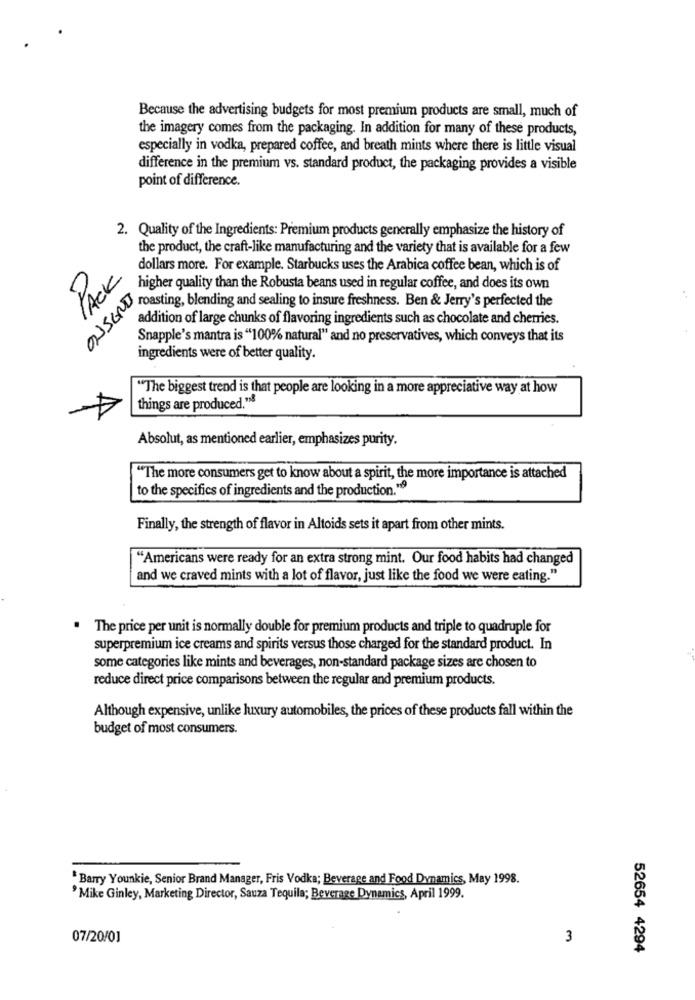
Because the advertising budgets for most premium products are small, much of
the imagery comes from the packaging. In addition for many of these products,
especially in vodka, prepared coffee, and breath mints where there is little visual
difference in the premium vs. standard product, the packaging provides a visible
point of difference.
2. Quality of the Ingredients: Premium products generally emphasize the history of
the product, the craft-like manufacturing and the variety that is available for a few
dollars more. For example. Starbucks uses the Arabica coffee bean, which is of
PACK
higher quality than the Robusta beans used in regular coffee, and does its own
OUSEND
roasting, blending and sealing to insure freshness. Ben & Jerry's perfected the
addition of large chunks of flavoring ingredients such as chocolate and cherries.
Snapple's mantra is "100% natural" and no preservatives, which conveys that its
ingredients were of better quality.
"The biggest trend is that people are looking in a more appreciative way at how
things are produced."
Absolut, as mentioned earlier, emphasizes purity.
"The more consumers get to know about a spirit, the more importance is attached
to the specifics of ingredients and the production."9
Finally, the strength of flavor in Altoids sets it apart from other mints.
"Americans were ready for an extra strong mint. Our food habits had changed
and we craved mints with a lot of flavor, just like the food we were eating."
The price per unit is normally double for premium products and triple to quadruple for
superpremium ice creams and spirits versus those charged for the standard product. In
some categories like mints and beverages, non-standard package sizes are chosen to
reduce direct price comparisons between the regular and premium products.
Although expensive, unlike luxury automobiles, the prices of these products fall within the
budget of most consumers.
"Barry Younkie, Senior Brand Manager, Fris Vodka; Beverage and Food Dynamics, May 1998.
'Mike Ginley, Marketing Director, Sauza Tequila; Beverage Dynamics, April 1999.
07/20/01
3
52654 4294